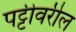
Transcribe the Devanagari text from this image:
पट्टीवरील